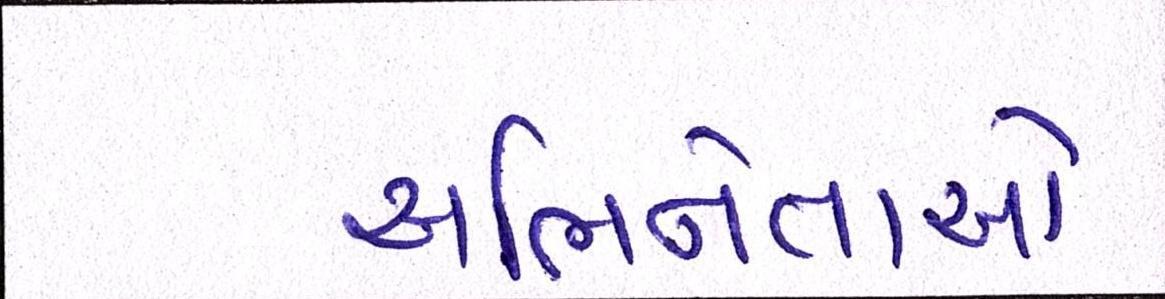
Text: અભિનેતાએ